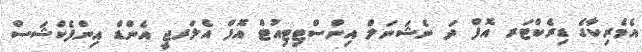
އެމެރިކާގެ ޑިރެކްޓަރ އޮފް ދަ ނެޝަނަލް އިންސްޓިޓިއުޓް އޮފް އެލަރޖީ އެންޑް އިންފެކްޝަސް